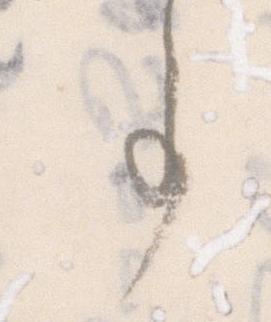
事